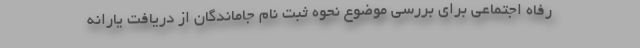
رفاه اجتماعی برای بررسی موضوع نحوه ثبت نام جاماندگان از دریافت یارانه